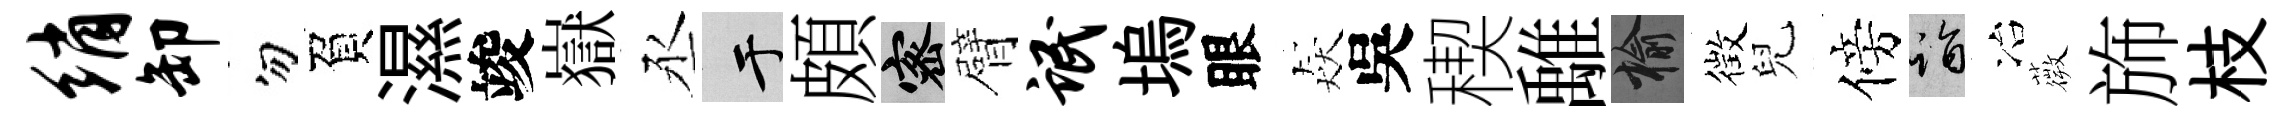
绡卸勿負濕竣嶽丞于頗密臂氓塢眼猋吳稧𩀌榆徴兒傍诣冶薇斾枝